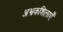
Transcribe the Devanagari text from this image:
अभ्रकशिलाएँ